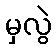
မှလွဲ